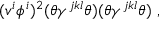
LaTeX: ( v ^ { i } \phi ^ { i } ) ^ { 2 } ( \theta \gamma ^ { j k l } \theta ) ( \theta \gamma ^ { j k l } \theta ) ~ ,